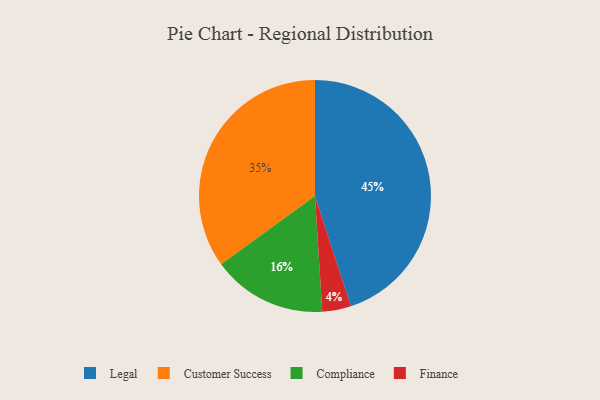
{"axis": {"x": "Category", "y": "Percentage"}, "legend": ["Compliance", "Customer Success", "Finance", "Legal"], "data": [{"x": "Finance", "y": 4, "type": "Finance"}, {"x": "Compliance", "y": 16, "type": "Compliance"}, {"x": "Customer Success", "y": 35, "type": "Customer Success"}, {"x": "Legal", "y": 45, "type": "Legal"}]}